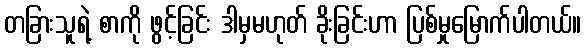
တခြားသူရဲ့ စာကို ဖွင့်ခြင်း ဒါမှမဟုတ် ခိုးခြင်းဟာ ပြစ်မှုမြောက်ပါတယ်။